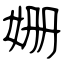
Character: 姗